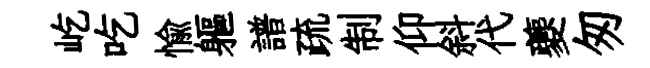
屹吃愉軀譜疏制仰斜代夔匆